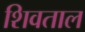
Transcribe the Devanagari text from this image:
शिवताल